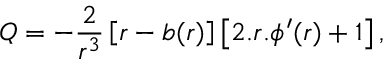
Q = - { \frac { 2 } { r ^ { 3 } } } \left[ r - b ( r ) \right] \left[ 2 . r . { \phi ^ { \prime } ( r ) } + 1 \right] ,